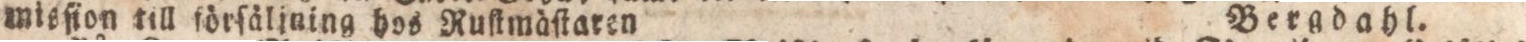
misſion till förſäljuing hos Ruſtmäſtaren    Bergdahl.